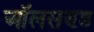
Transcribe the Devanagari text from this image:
ऑलसण्ड